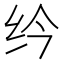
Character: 𫄛